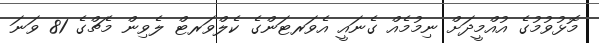
މޮޅުވުމުގެ އުއްމީދަށް ނިމުމެއް ގެނައީ އެވަރޓަންގެ ކެލްވަރޓް ލެވިން މެޗްގެ 81 ވަނަ